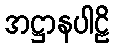
အဋ္ဌာနပါဠိ